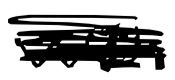
Text: with
Cross-out: scratch
Writing tool: digital_black